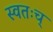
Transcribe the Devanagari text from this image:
स्वतःच्